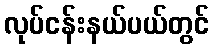
လုပ်ငန်းနယ်ပယ်တွင်